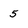
Character: 5